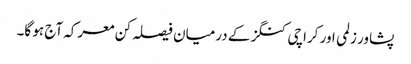
پشاور زلمی اور کراچی کنگز کے درمیان فیصلہ کن معرکہ آج ہو گا۔